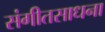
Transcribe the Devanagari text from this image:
संगीतसाधना